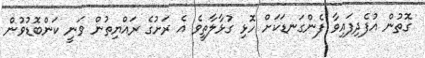
ގޮތުން އުފެދިފައިވާ ފެންގަނޑަކަށް ހޮޅި ގުޅާލާތީވެ އެ ރަށުގެ ރައްޔިތުން ވަނީ ކަންބޮޑުވުން